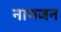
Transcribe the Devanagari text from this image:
नागजन